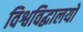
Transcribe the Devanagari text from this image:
विश्वविद्धालयों